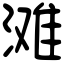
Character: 滩